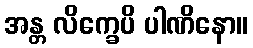
အန္တ လိက္ခေပိ ပါဏိနော။